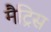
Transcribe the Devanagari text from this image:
मैट्रिस